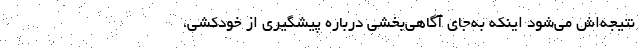
نتیجه‌اش می‌شود اینکه به‌جای آگاهی‌بخشی درباره پیشگیری از خودکشی،